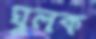
ঘুলক